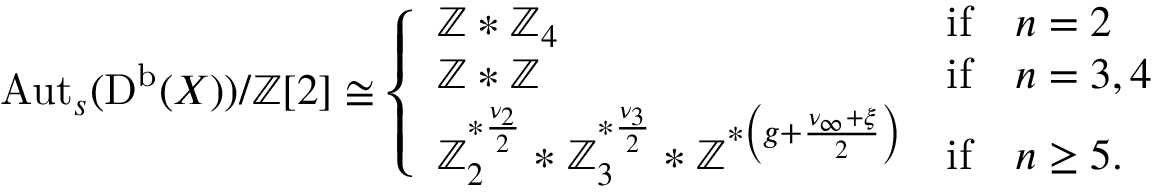
\begin{array} { r } { \operatorname { A u t } _ { s } ( \mathrm { D ^ { b } } ( X ) ) / \mathbb { Z } [ 2 ] \cong \left\{ \begin{array} { l l } { \mathbb { Z } * \mathbb { Z } _ { 4 } } & { \mathrm { i f } \quad n = 2 } \\ { \mathbb { Z } * \mathbb { Z } } & { \mathrm { i f } \quad n = 3 , 4 } \\ { \mathbb { Z } _ { 2 } ^ { * \frac { \nu _ { 2 } } { 2 } } * \mathbb { Z } _ { 3 } ^ { * \frac { \nu _ { 3 } } { 2 } } * \mathbb { Z } \strut ^ { * \left( g + \frac { \nu _ { \infty } + \xi } { 2 } \right) } } & { \mathrm { i f } \quad n \geq 5 . } \end{array} \right. } \end{array}